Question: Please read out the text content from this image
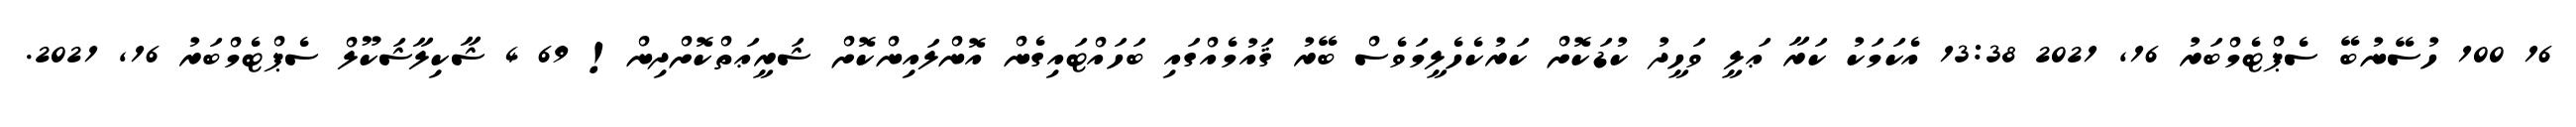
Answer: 16 100 ހުސޭނުބޭ ސެޕްޓެމްބަރު 16, 2021 13:38 އެކަމަކު ކަރާ ޢަލީ ވަހީދު ކުޑަކޮށް ކަރުކެހެލީމަވެސް ބޭރު ޤައުމެއްގައި ބަހައްޓައިގެން އޮންލައިންކޮށް ޝަރީޢަތްކޮށްދިން! 69 4 ޝާކިލާޝަކޫލް ސެޕްޓެމްބަރު 16, 2021.